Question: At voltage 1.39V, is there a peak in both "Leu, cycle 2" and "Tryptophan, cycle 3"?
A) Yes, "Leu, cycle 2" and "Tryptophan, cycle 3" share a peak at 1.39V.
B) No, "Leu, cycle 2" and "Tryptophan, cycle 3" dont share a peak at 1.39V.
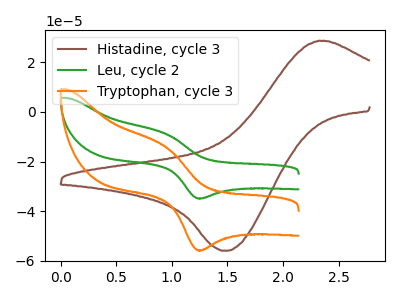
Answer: <think>The brown curve "Histadine, cycle 3" has an anodic peak at (2.30V, 28.65uA) and a cathodic peak at (1.50V, -55.90uA). The green curve "Leu, cycle 2" has an anodic peak at (0.95V, -9.00uA) and a cathodic peak at (1.25V, -34.80uA). The orange curve "Tryptophan, cycle 3" has an anodic peak at (0.95V, -14.40uA) and a cathodic peak at (1.25V, -55.70uA).</think>
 <answer>B) No, "Leu, cycle 2" and "Tryptophan, cycle 3" dont share a peak at 1.39V.</answer>
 <eval>B</eval>